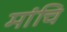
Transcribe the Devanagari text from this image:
मांचि